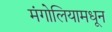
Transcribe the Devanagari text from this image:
मंगोलियामधून